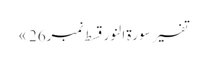
تفسیر سورۃ النور قسط نمبر26 »